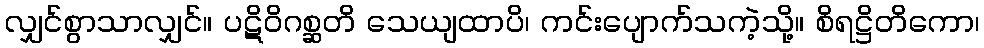
လျှင်စွာသာလျှင်။ ပဋိဝိဂစ္ဆတိ သေယျထာပိ၊ ကင်းပျောက်သကဲ့သို့။ စိရဋ္ဌိတိကော၊